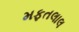
મફતલાલ